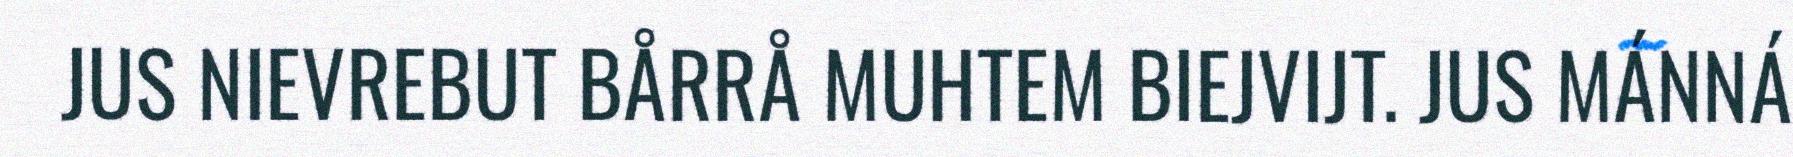
JUS NIEVREBUT BÅRRÅ MUHTEM BIEJVIJT. JUS MÁNNÁ